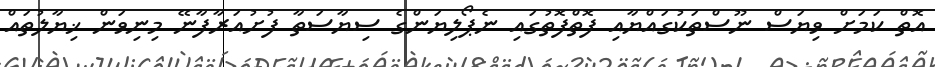
އޮތް ކަމަށް ވިޔަސް ނޫސްތަކުގައްޔާއި ފޮތްފޮތުގައި ނެޕޯލިޔަންގެ ސިޔާސަތާ ފުށުއަރާފާނޭ މިނިވަން ޚިޔާލުތައް